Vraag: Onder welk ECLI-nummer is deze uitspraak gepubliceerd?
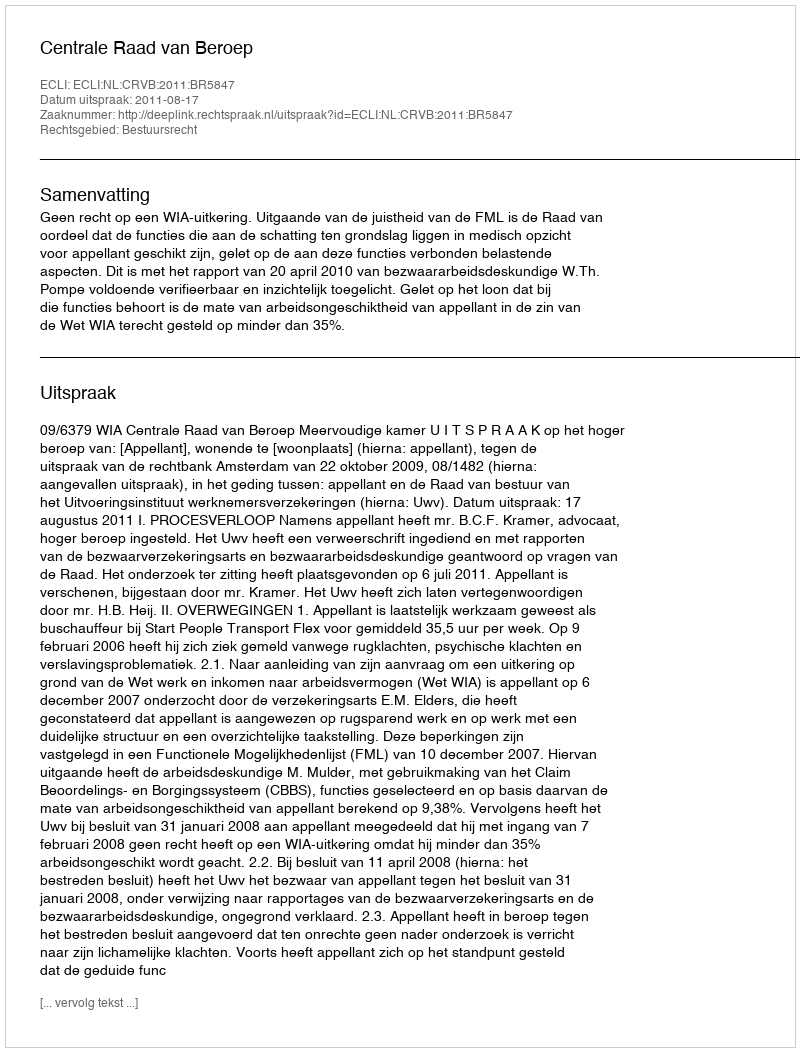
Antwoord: ECLI:NL:CRVB:2011:BR5847